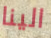
الينا